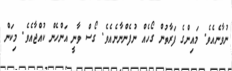
ނުވާނެއެވެ. މައިންގެ ފަރާތުން ގޯހެއް ނުފެންނާނެއެވެ. ގޯސް ވާނީ އަންހެން ކުއްޖާއެވެ. މިކަން